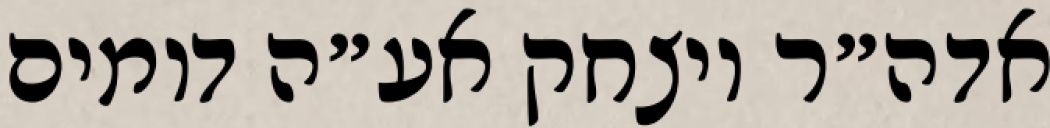
אדה״ר ויצחק אע״ה דומים